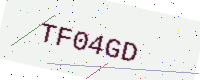
Text: TF04GD